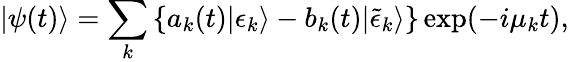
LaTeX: |\psi(t)\rangle=\sum_{k}\left\{ a_{k}(t)|\epsilon_{k}\rangle-b_{k}(t)|\tilde{\epsilon}_{k}\rangle\right\} \exp(-i\mu_{k}t),